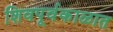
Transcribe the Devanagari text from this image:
शिवपूर्वकाळात